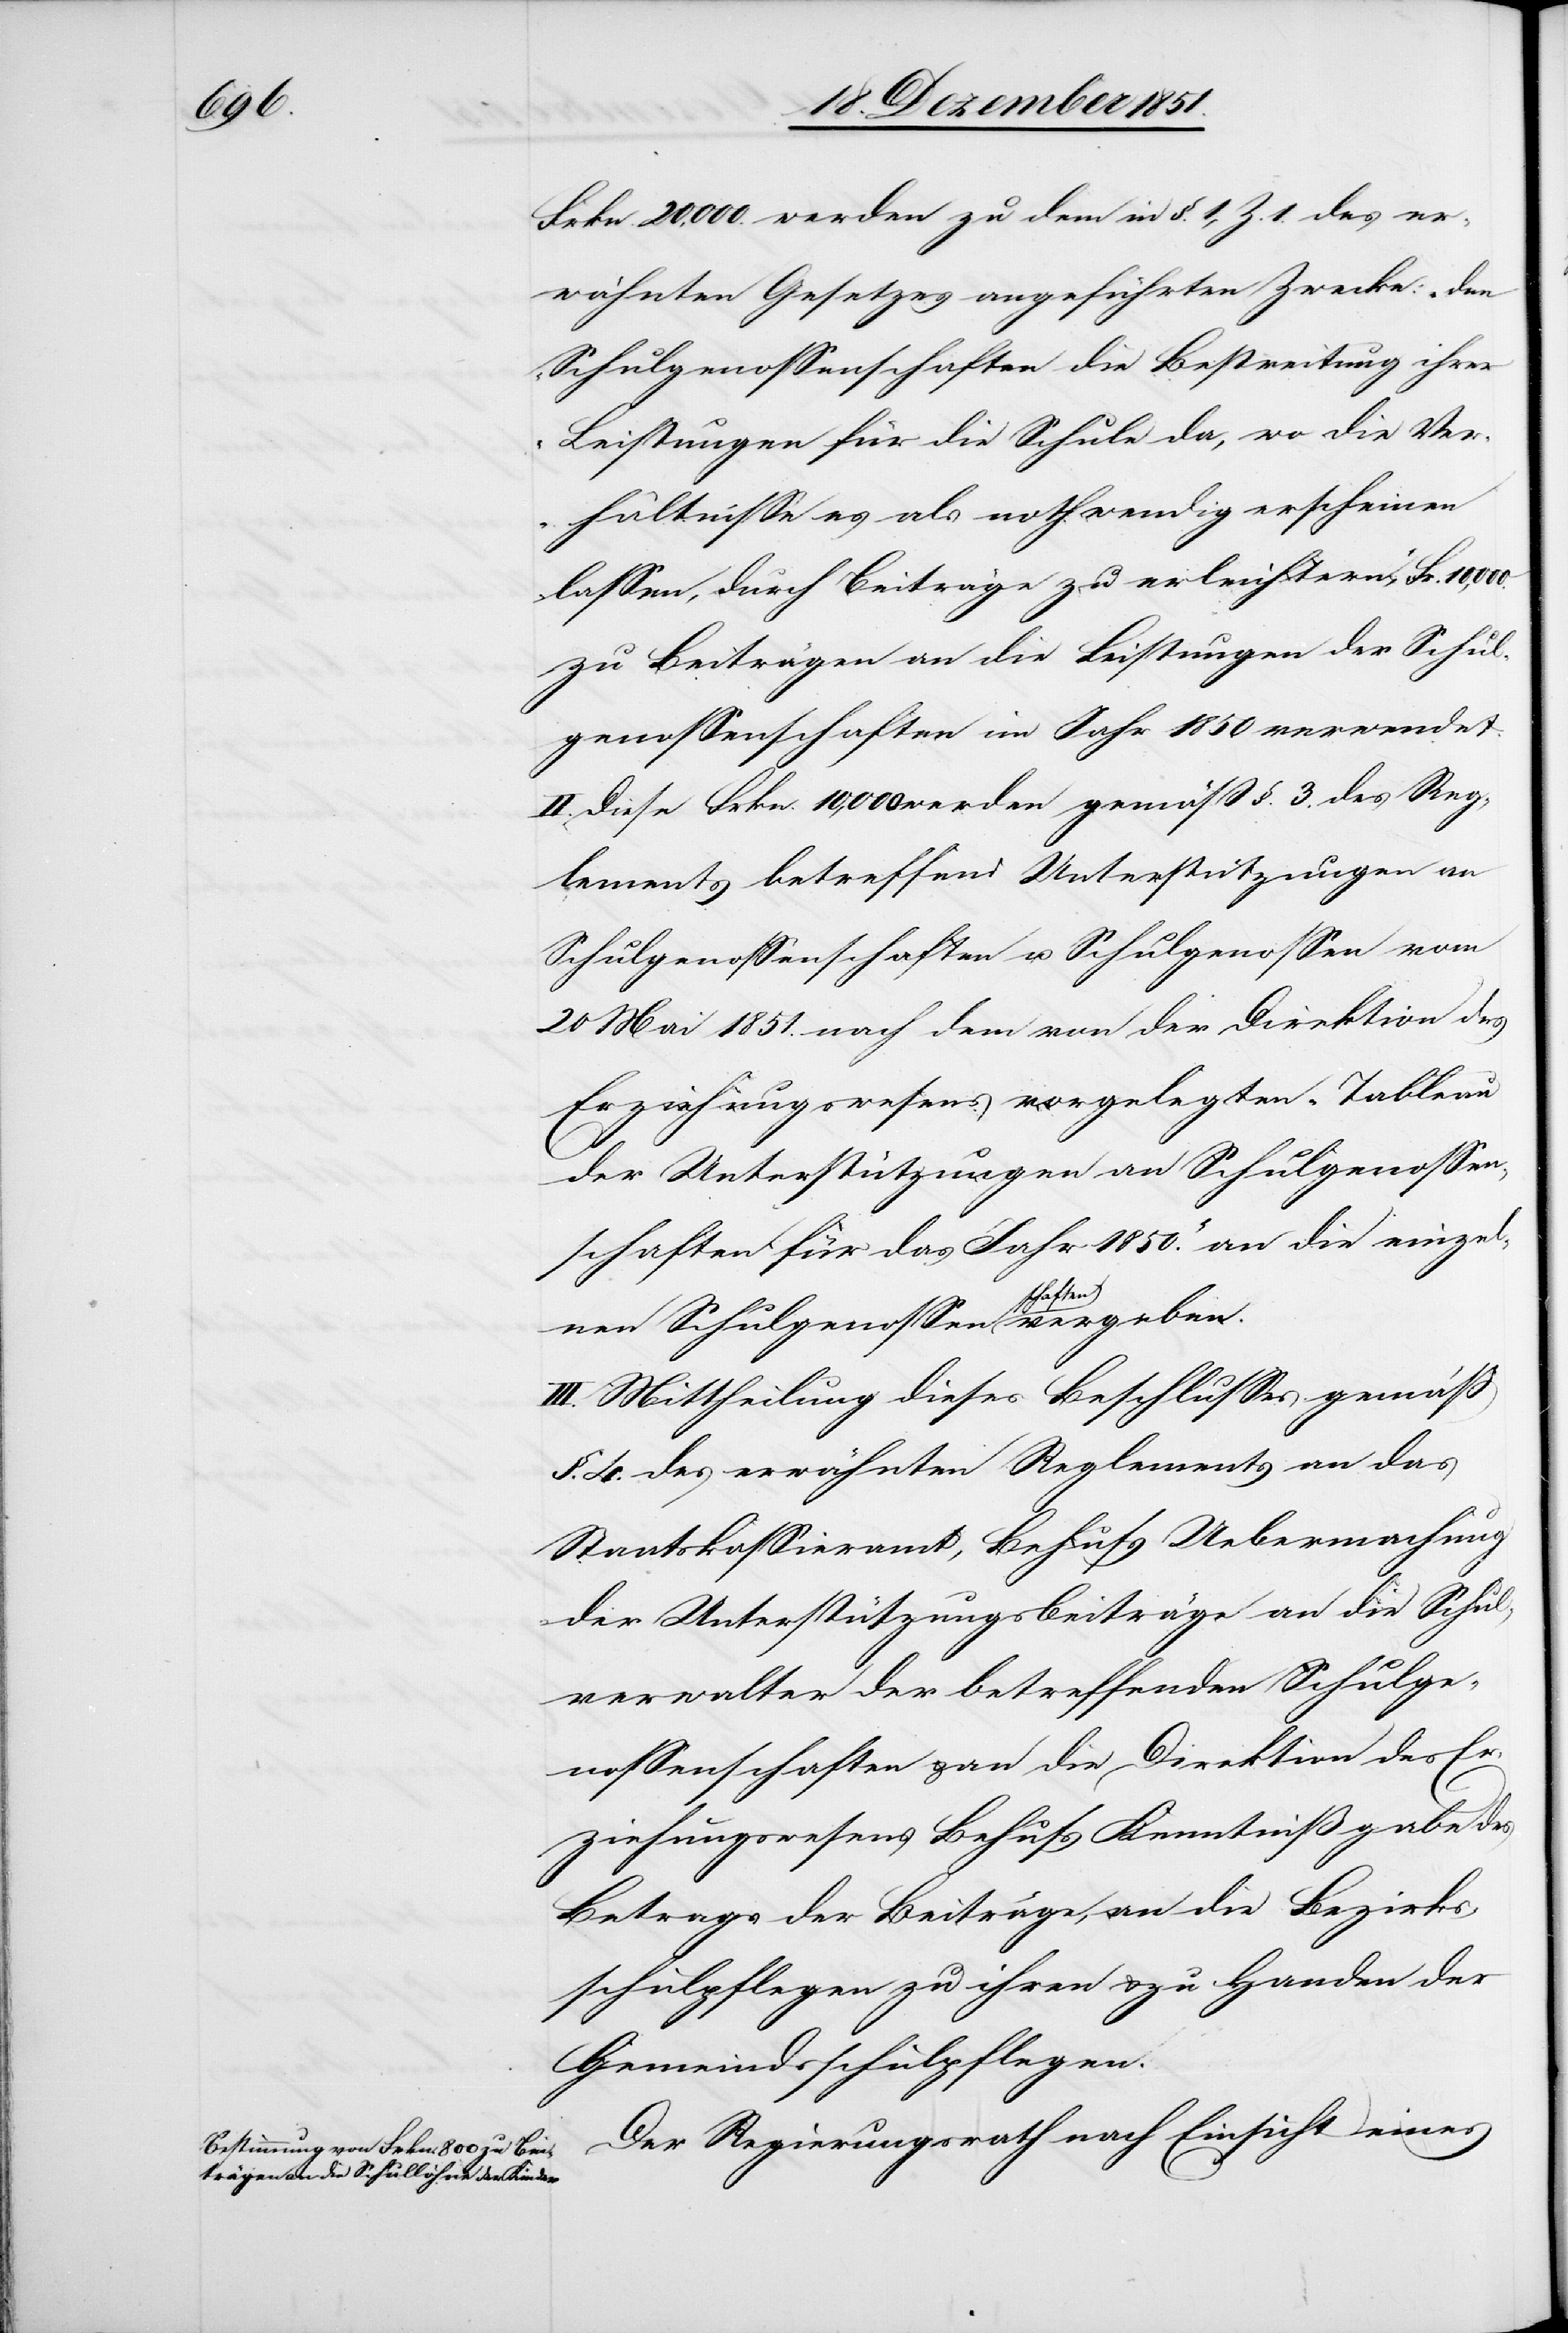
10,000.

Frkn. 20,000. werden zu dem in §. 1, Z. 1. des er¬
wähnten Gesetzes angeführten Zwecke: „den
Schulgenossenschaften die Bestreitung ihrer
Leistungen für die Schule da, wo die Ver¬
hältnisse es als nothwendig erscheinen
lassen, durch Beiträge zu erleichtern“, Fr.
zu Beiträgen an die Leistungen der Schul¬
genossenschaften im Jahr 1850 verwendet.
II. Diese Frkn. 10,000 werden gemäß §. 3. des Reg¬
lements betreffend Unterstützungen an
Schulgenossenschaften u. Schulgenossen vom
20 Mai 1851. nach dem von der Direktion des
Erziehungswesens vorgelegten „Tableau
der Unterstützungen an Schulgenossen¬
schaften für das Jahr 1850.“ an die einze¬
vergeben.
III. Mittheilung dieses Beschlusses gemäß
§. 4. des erwähnten Reglements an das
Staatskassieramt, Behufs Uebermachung
der Unterstützungsbeiträge an die Schul¬
verwalter der betreffenden Schulge¬
nossenschaften & an die Direktion des Er¬
ziehungswesens Behufs Kenntnißgabe des
Betrags der Beiträge, an die Bezirks¬
schulpflegen zu ihren & zu Handen der
Gemeindsschulpflegen.
Der Regierungsrath nach Einsicht eines